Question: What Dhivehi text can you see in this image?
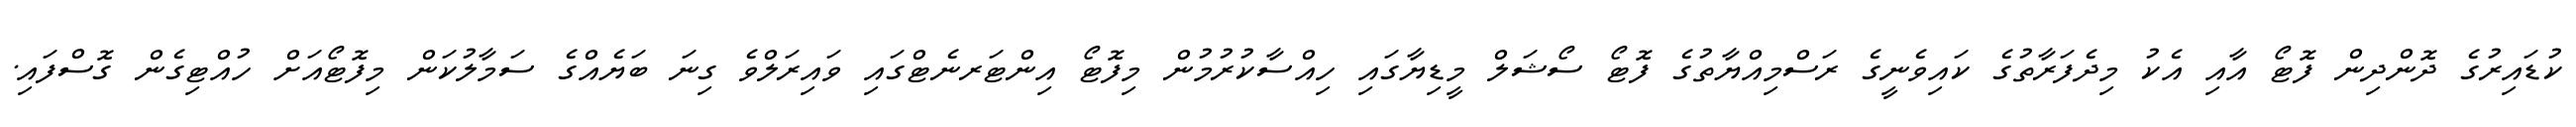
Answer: ކުޑައިރުގެ ދޮންދިން ފޮޓޯ އާއި އެކު މިދެފަރާތުގެ ކައިވެނީގެ ރަސްމިއްޔާތުގެ ފޮޓޯ ސޯޝަލް މީޑިޔާގައި ހިއްސާކުރުމުން މިފޮޓޯ އިންޓަރނެޓްގައި ވައިރަލްވެ ގިނަ ބަޔެއްގެ ސަމާލުކަން މިފޮޓޯއަށް ހުއްޓިގެން ގޮސްފައި.